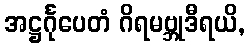
အဋ္ဌင်္ဂုပေတံ ဂိရမဗ္ဘုဒီရယိ,